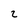
Character: 2